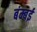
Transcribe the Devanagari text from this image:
बंम्बई